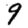
Digit: 9